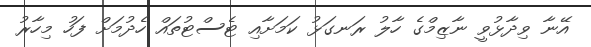
އޭނާ ވިދާޅުވީ ނާޒިމްގެ ހާލު ރަނގަޅު ކަމަށާއި ޓެސްޓުތައް ހެދުމަށް ފަހު މިހާރު